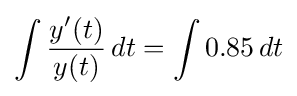
\int {\frac {y'(t)}{y(t)}}\,dt=\int 0.85\,dt